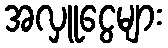
အလှူငွေများ